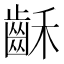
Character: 𪗮